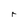
Character: r